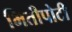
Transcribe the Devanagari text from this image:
भितीपोटी